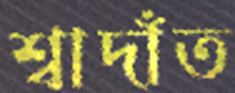
শ্বাদাঁত